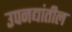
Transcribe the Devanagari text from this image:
उपनद्यांतील